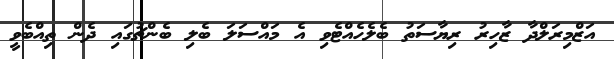
އަޒްމިރަލްދާ ޒާހިރު ރިޔާސަތު ބެލެހެއްޓެވި އެ މައްސަލަ ބެލި ބެންޗުގައި ދެން ތިއްބެވީ